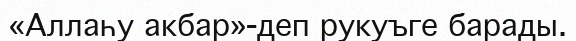
«Аллаһу акбар»-деп рукуъге барады.